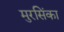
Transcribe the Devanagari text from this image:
मुरसिंका